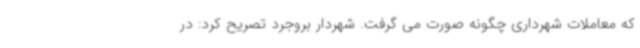
که معاملات شهرداری چگونه صورت می گرفت. شهردار بروجرد تصریح کرد: در